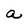
Character: a